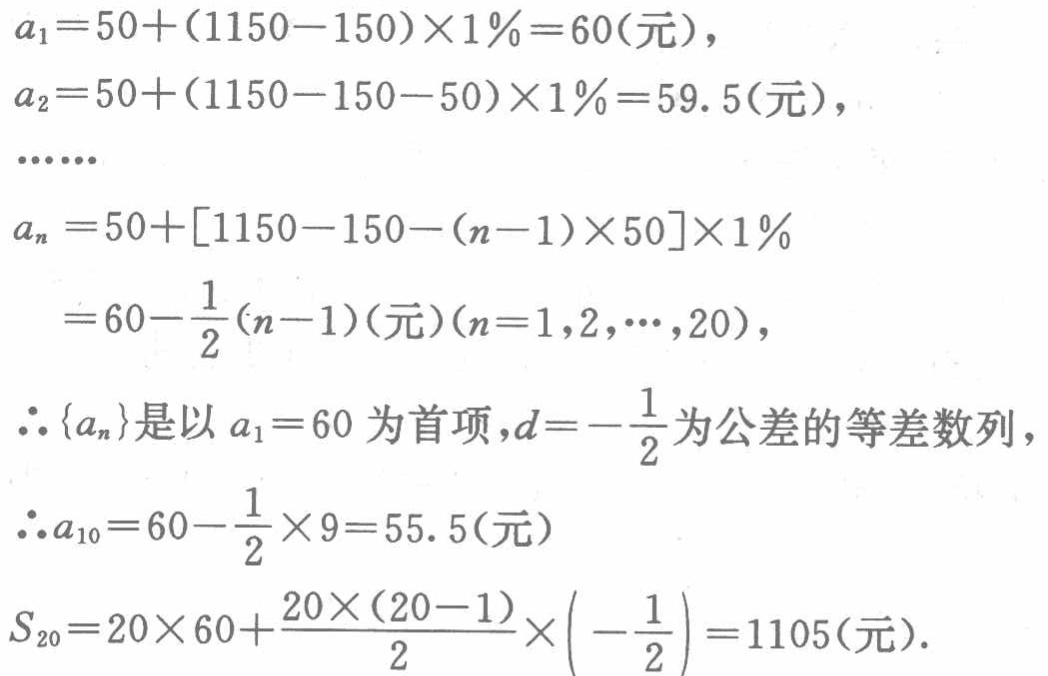
\[

\begin{align*}

a_1&=50+(1150 - 150)\times1\% = 60(\text{元}),\\

a_2&=50+(1150 - 150 - 50)\times1\% = 59.5(\text{元}),\\

&\cdots\cdots\\

a_n&=50+[1150 - 150-(n - 1)\times50]\times1\%\\

&=60-\frac{1}{2}(n - 1)(\text{元})(n = 1,2,\cdots,20),\\

\end{align*}

\]

\(\therefore \{a_n\}\)是以\(a_1 = 60\)为首项，\(d=-\frac{1}{2}\)为公差的等差数列，

\[

\begin{align*}

\therefore a_{10}&=60-\frac{1}{2}\times9 = 55.5(\text{元})\\

S_{20}&=20\times60+\frac{20\times(20 - 1)}{2}\times\left(-\frac{1}{2}\right)=1105(\text{元}).

\end{align*}

\]